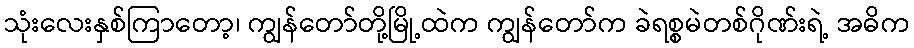
သုံးလေးနှစ်ကြာတော့၊ ကျွန်တော်တို့မြို့ထဲက ကျွန်တော်က ခဲရစ္စမဲတစ်ဂိုဏ်းရဲ့ အဓိက